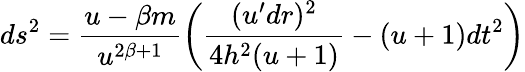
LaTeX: ds^{2}=\frac{u-\beta m}{u^{2\beta+1}}\left(\frac{(u^{\prime}dr)^{2}}{4h^{2}(u+1)}-(u+1)dt^{2}\right)